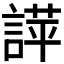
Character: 𧪐